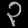
Digit: ၃